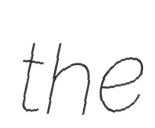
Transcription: the